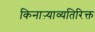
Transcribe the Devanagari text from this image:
किनाऱ्याव्यतिरिक्त